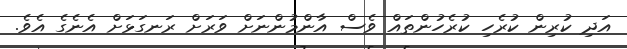
އަދި ކުރިން ކުރެހި ކުރެހުންތައް ވެސް އާންމުންނަށް ވަރަށް ރަނގަޅަށް އެނެގެ އެވެ.